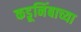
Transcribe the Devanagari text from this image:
कडूनिंबाच्या